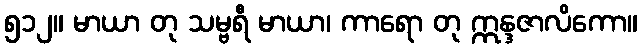
၅၁၂။ မာယာ တု သမ္ဗရီ မာယာ၊ ကာရော တု ဣန္ဒဇာလိကော။